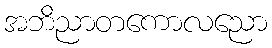
အဘိညာတကောလညော